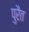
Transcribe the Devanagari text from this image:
पुरैत